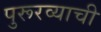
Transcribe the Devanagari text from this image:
पुरूरव्याची